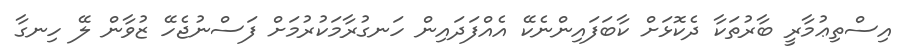
އިސްތިޢުމާރީ ބާރުތަކާ ދެކޮޅަށް ކާބަފައިންނެކޭ އެއްފަދައިން ހަނގުރާމަކުރުމަށް ފަސްނުޖެހޭ ޒުވާން ލޭ ހިނގާ